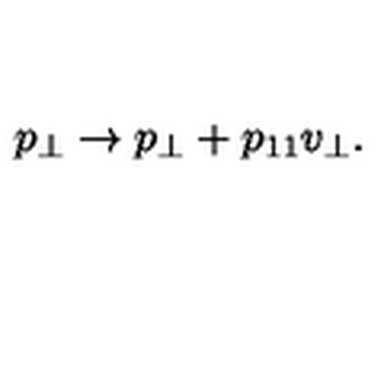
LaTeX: p _ { \bot } \rightarrow p _ { \bot } + p _ { 1 1 } v _ { \bot } .